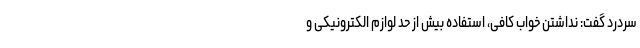
سردرد گفت: نداشتن خواب کافی، استفاده بیش از حد لوازم الکترونیکی و